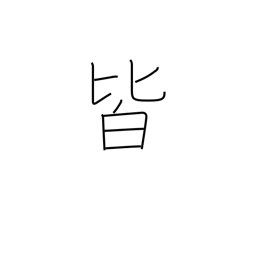
Meaning: everything